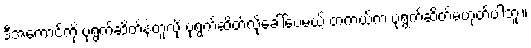
ဒီအကောင်ကို ပုရွက်ဆိတ်နဲ့တူလို့ ပုရွက်ဆိတ်လို့ခေါ်ပေမယ့် တကယ်က ပုရွက်ဆိတ်မဟုတ်ပါဘူး။